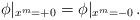
LaTeX: \begin{align*}\phi\vert_{x^m=+0}=\phi\vert_{x^m=-0} \,.\end{align*}